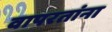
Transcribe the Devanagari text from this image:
वापरतांना